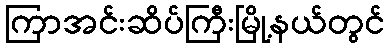
ကြာအင်းဆိပ်ကြီးမြို့နယ်တွင်